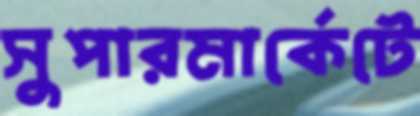
সুপারমার্কেটে